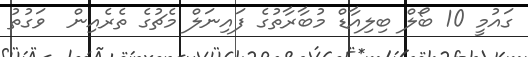
ގައުމީ 10 ބޯލް ބިލިއާޑް މުބާރާތުގެ ފައިނަލް މެޗުގެ ތެރެއިން  ވަގުތު